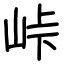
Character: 峠